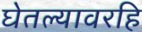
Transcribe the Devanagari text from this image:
घेतल्यावरहि